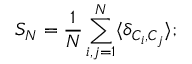
{ \cal { S } } _ { N } = { \frac { 1 } { N } } \sum _ { i , j = 1 } ^ { N } \langle \delta _ { { \cal { C } } _ { i } , { \cal { C } } _ { j } } \rangle ; \protect